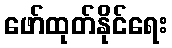
ဖော်ထုတ်နိုင်ရေး